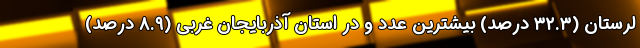
لرستان (٣٢.٣ درصد) بیشترین عدد و در استان آذربایجان غربی (٨.٩ درصد)